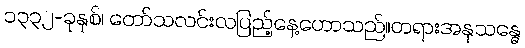
၁၃၃၂-ခုနှစ်၊ တော်သလင်းလပြည့်နေ့ဟောသည်။တရားအနုသန္ဓေ